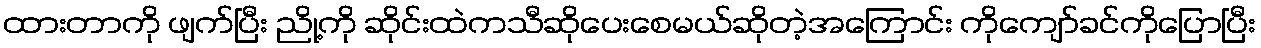
ထားတာကို ဖျက်ပြီး ညို့ကို ဆိုင်းထဲကသီဆိုပေးစေမယ်ဆိုတဲ့အကြောင်း ကိုကျော်ခင်ကိုပြောပြီး